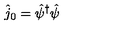
\hat { j } _ { 0 } = \hat { \psi } ^ { \dagger } \hat { \psi }